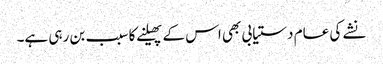
نشے کی عام دستیابی بھی اس کے پھیلنے کا سبب بن رہی ہے۔